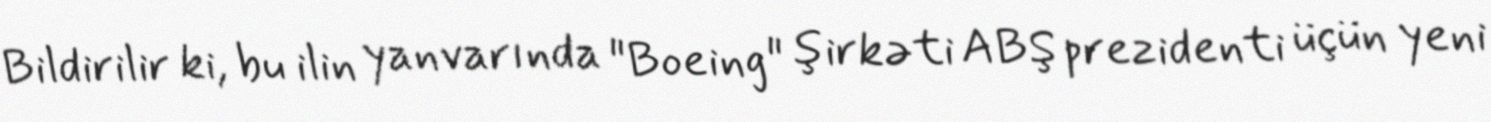
Bildirilir ki, bu ilin yanvarında "Boeing" şirkəti ABŞ prezidenti üçün yeni